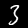
Digit: 3